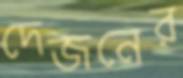
দেজনের